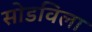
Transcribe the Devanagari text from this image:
सोडविला